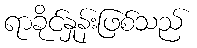
ရာခိုင်နှုန်းဖြစ်သည်